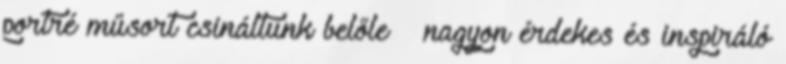
portré műsort csináltunk belőle – nagyon érdekes és inspiráló